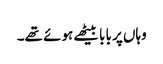
وہاں پر بابا بیٹھے ہوئے تھے۔